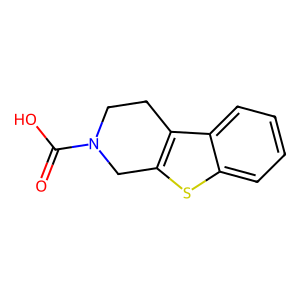
SMILES: O=C(O)N1CCc2c(sc3ccccc23)C1
Inhibits HIV replication: No